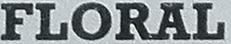
FLORAL